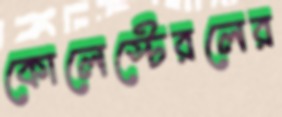
কোলেস্টেরলের